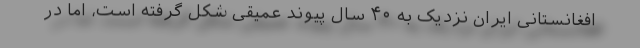
افغانستانی ایران نزدیک به ۴۰ سال پیوند عمیقی شکل گرفته ‌است، اما در